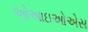
ઓઆઇઓએસ